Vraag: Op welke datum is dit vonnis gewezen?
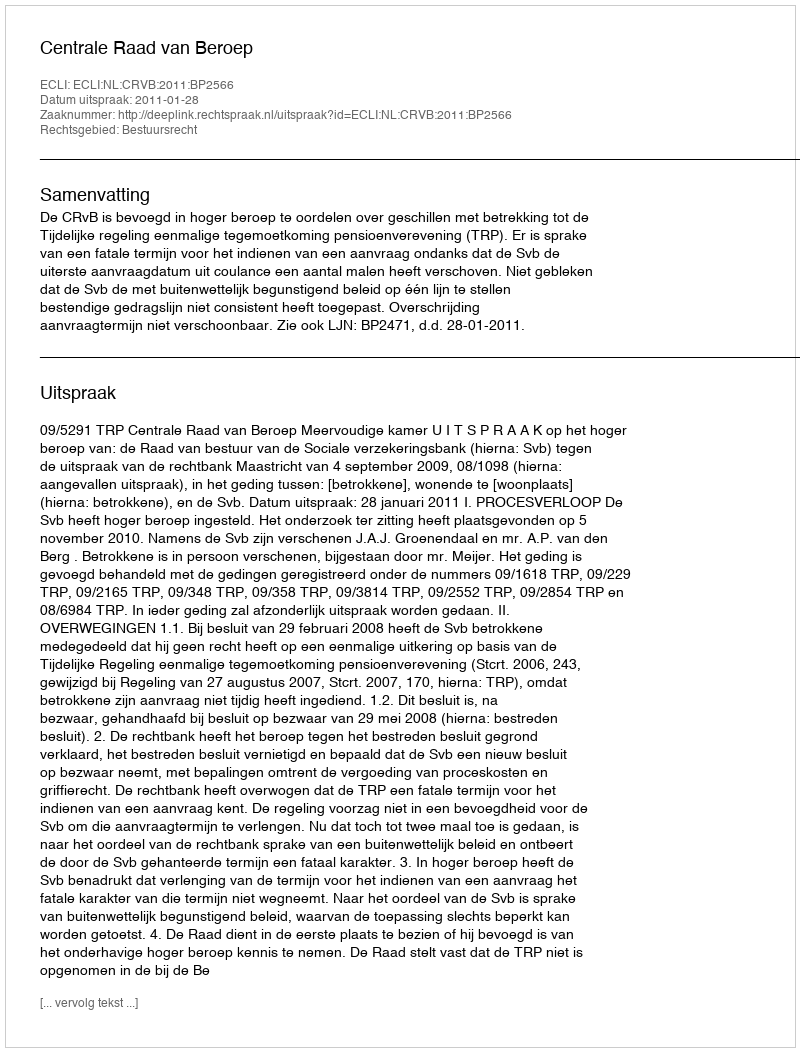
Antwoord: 2011-01-28